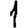
Digit: 1